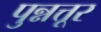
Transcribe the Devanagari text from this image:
पुन्नत्तूर